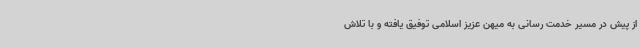
از پیش در مسیر خدمت رسانی به میهن عزیز اسلامی توفیق یافته و با تلاش